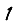
Digit: 1